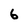
Character: 6